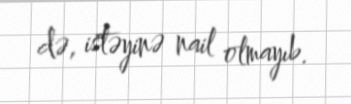
də, istəyinə nail olmayıb.